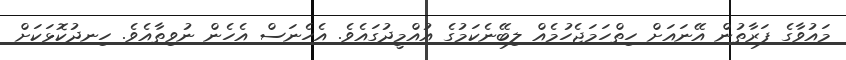
މައުވާގެ ފަރާތުން އޭނައަށް ހިތްހަމަޖެހުމެއް ލިބޭނެކަމުގެ އުއްމީދުގައެވެ. އެހެނަސް އެހެން ނުވިތާއެވެ. ހިނދުކޮޅަކަށް